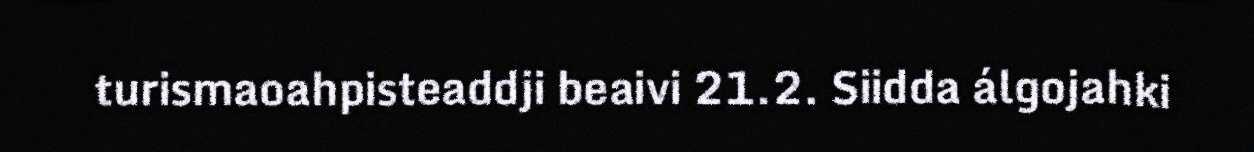
turismaoahpisteaddji beaivi 21.2. Siidda álgojahki